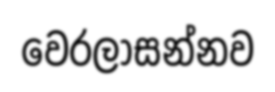
වෙරලාසන්නව